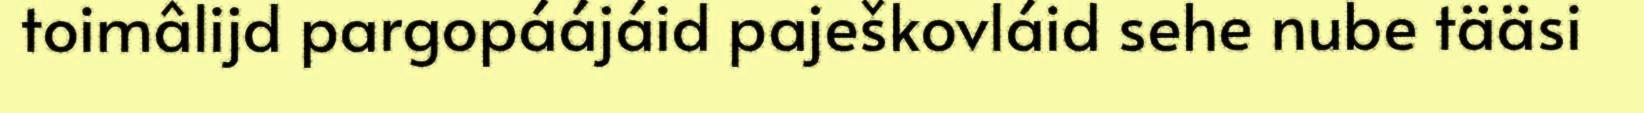
toimâlijd pargopáájáid paješkovláid sehe nube tääsi